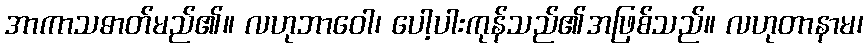
အာကာသဓာတ်မည်၏။ လဟုဘာဝေါ၊ ပေါ့ပါးကုန်သည်၏အဖြစ်သည်။ လဟုတာနာမ၊